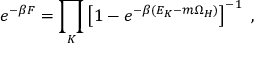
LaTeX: e ^ { - \beta F } = \prod _ { K } \left[ 1 - e ^ { - \beta ( E _ { K } - m \Omega _ { H } ) } \right] ^ { - 1 } ~ ,